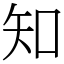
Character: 知